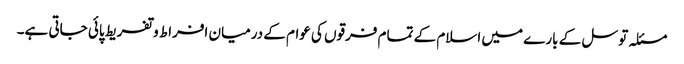
مسئلہ توسل کے بارے میں اسلام کے تمام فرقوں کی عوام کے درمیان افراط و تفریط پائی جاتی ہے۔